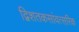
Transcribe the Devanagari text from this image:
द्विशतकसांवत्सरिक